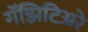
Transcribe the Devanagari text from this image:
गॅझिटिअरे